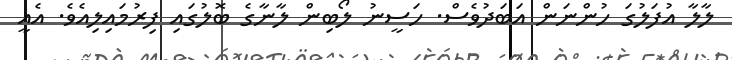
ލާލާ އުފަލުގަ ހުންނަން އަބަދުވެސް. ހަސީނު ލޯބިން ލާނާގެ ބޮލުގައި ފިރުމައިލިއެވެ. އެއީ